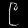
Digit: ၉